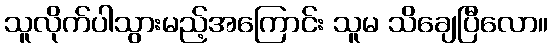
သူလိုက်ပါသွားမည့်အကြောင်း သူမ သိချေပြီလော။